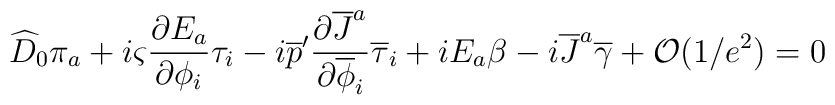
\widehat{D}_0 \pi_a + i\varsigma{{\partial E_a}\over{\partial\phi_i}} \tau_i-i \overline{p}'{{\partial\overline{J}^a}\over{\partial\overline{\phi}_i}}\overline{\tau}_i+iE_a \beta-i \overline{J}^a \overline{\gamma} +{\cal O}(1/e^2)=0